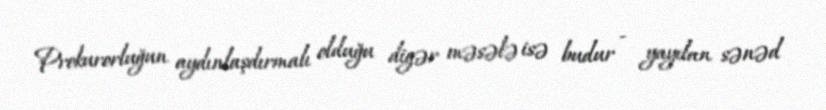
Prokurorluğun aydınlaşdırmalı olduğu digər məsələ isə budur - yayılan sənəd